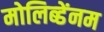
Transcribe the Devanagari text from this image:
मोलिब्डेंनम